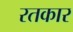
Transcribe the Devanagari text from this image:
रतकार